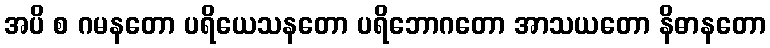
အပိ စ ဂမနတော ပရိယေသနတော ပရိဘောဂတော အာသယတော နိဓာနတော